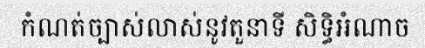
កំណត់ច្បាស់លាស់នូវតួនាទី សិទ្ធិអំណាច